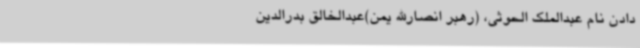
دادن نام عبدالملک الحوثی، (رهبر انصارالله یمن)عبدالخالق بدرالدین